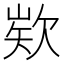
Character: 𭭍